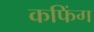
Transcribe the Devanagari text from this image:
कफिंग